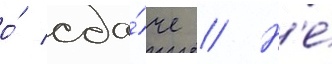
о́ сда́че // Н'е́